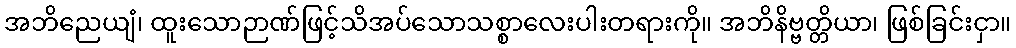
အဘိညေယျံ၊ ထူးသောဉာဏ်ဖြင့်သိအပ်သောသစ္စာလေးပါးတရားကို။ အဘိနိဗ္ဗတ္တိယာ၊ ဖြစ်ခြင်းငှာ။